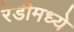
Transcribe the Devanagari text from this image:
रेडीमध्ये